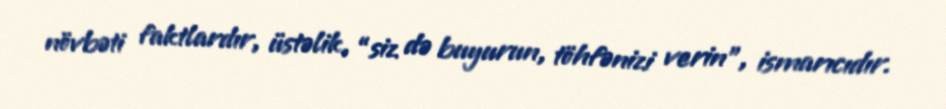
növbəti faktlardır, üstəlik, “siz də buyurun, töhfənizi verin”, ismarıcıdır.